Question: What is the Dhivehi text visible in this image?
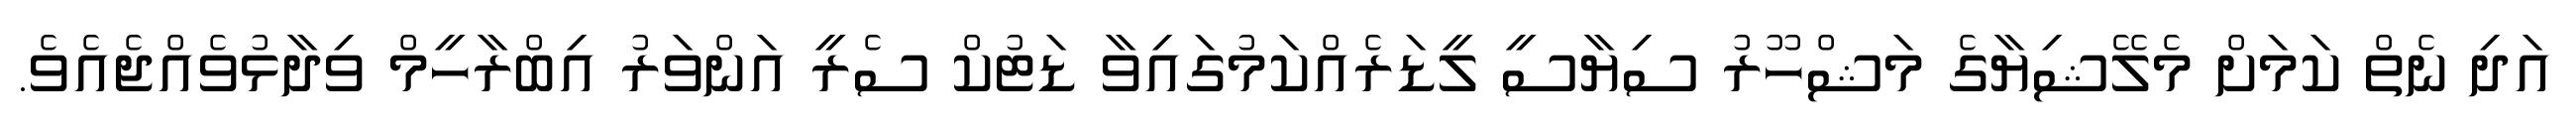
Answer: އަދި ނެތް ކަމަށް މެލޭޝިޔާގެ މަޝްހޫރު ސިޔާސީ ލީޑަރެއްކަމުގައިވާ ޑަޓުކް ސެރީ އަންވަރު އިބްރާހީމް ވިދާޅުވެއްޖެއެވެ.